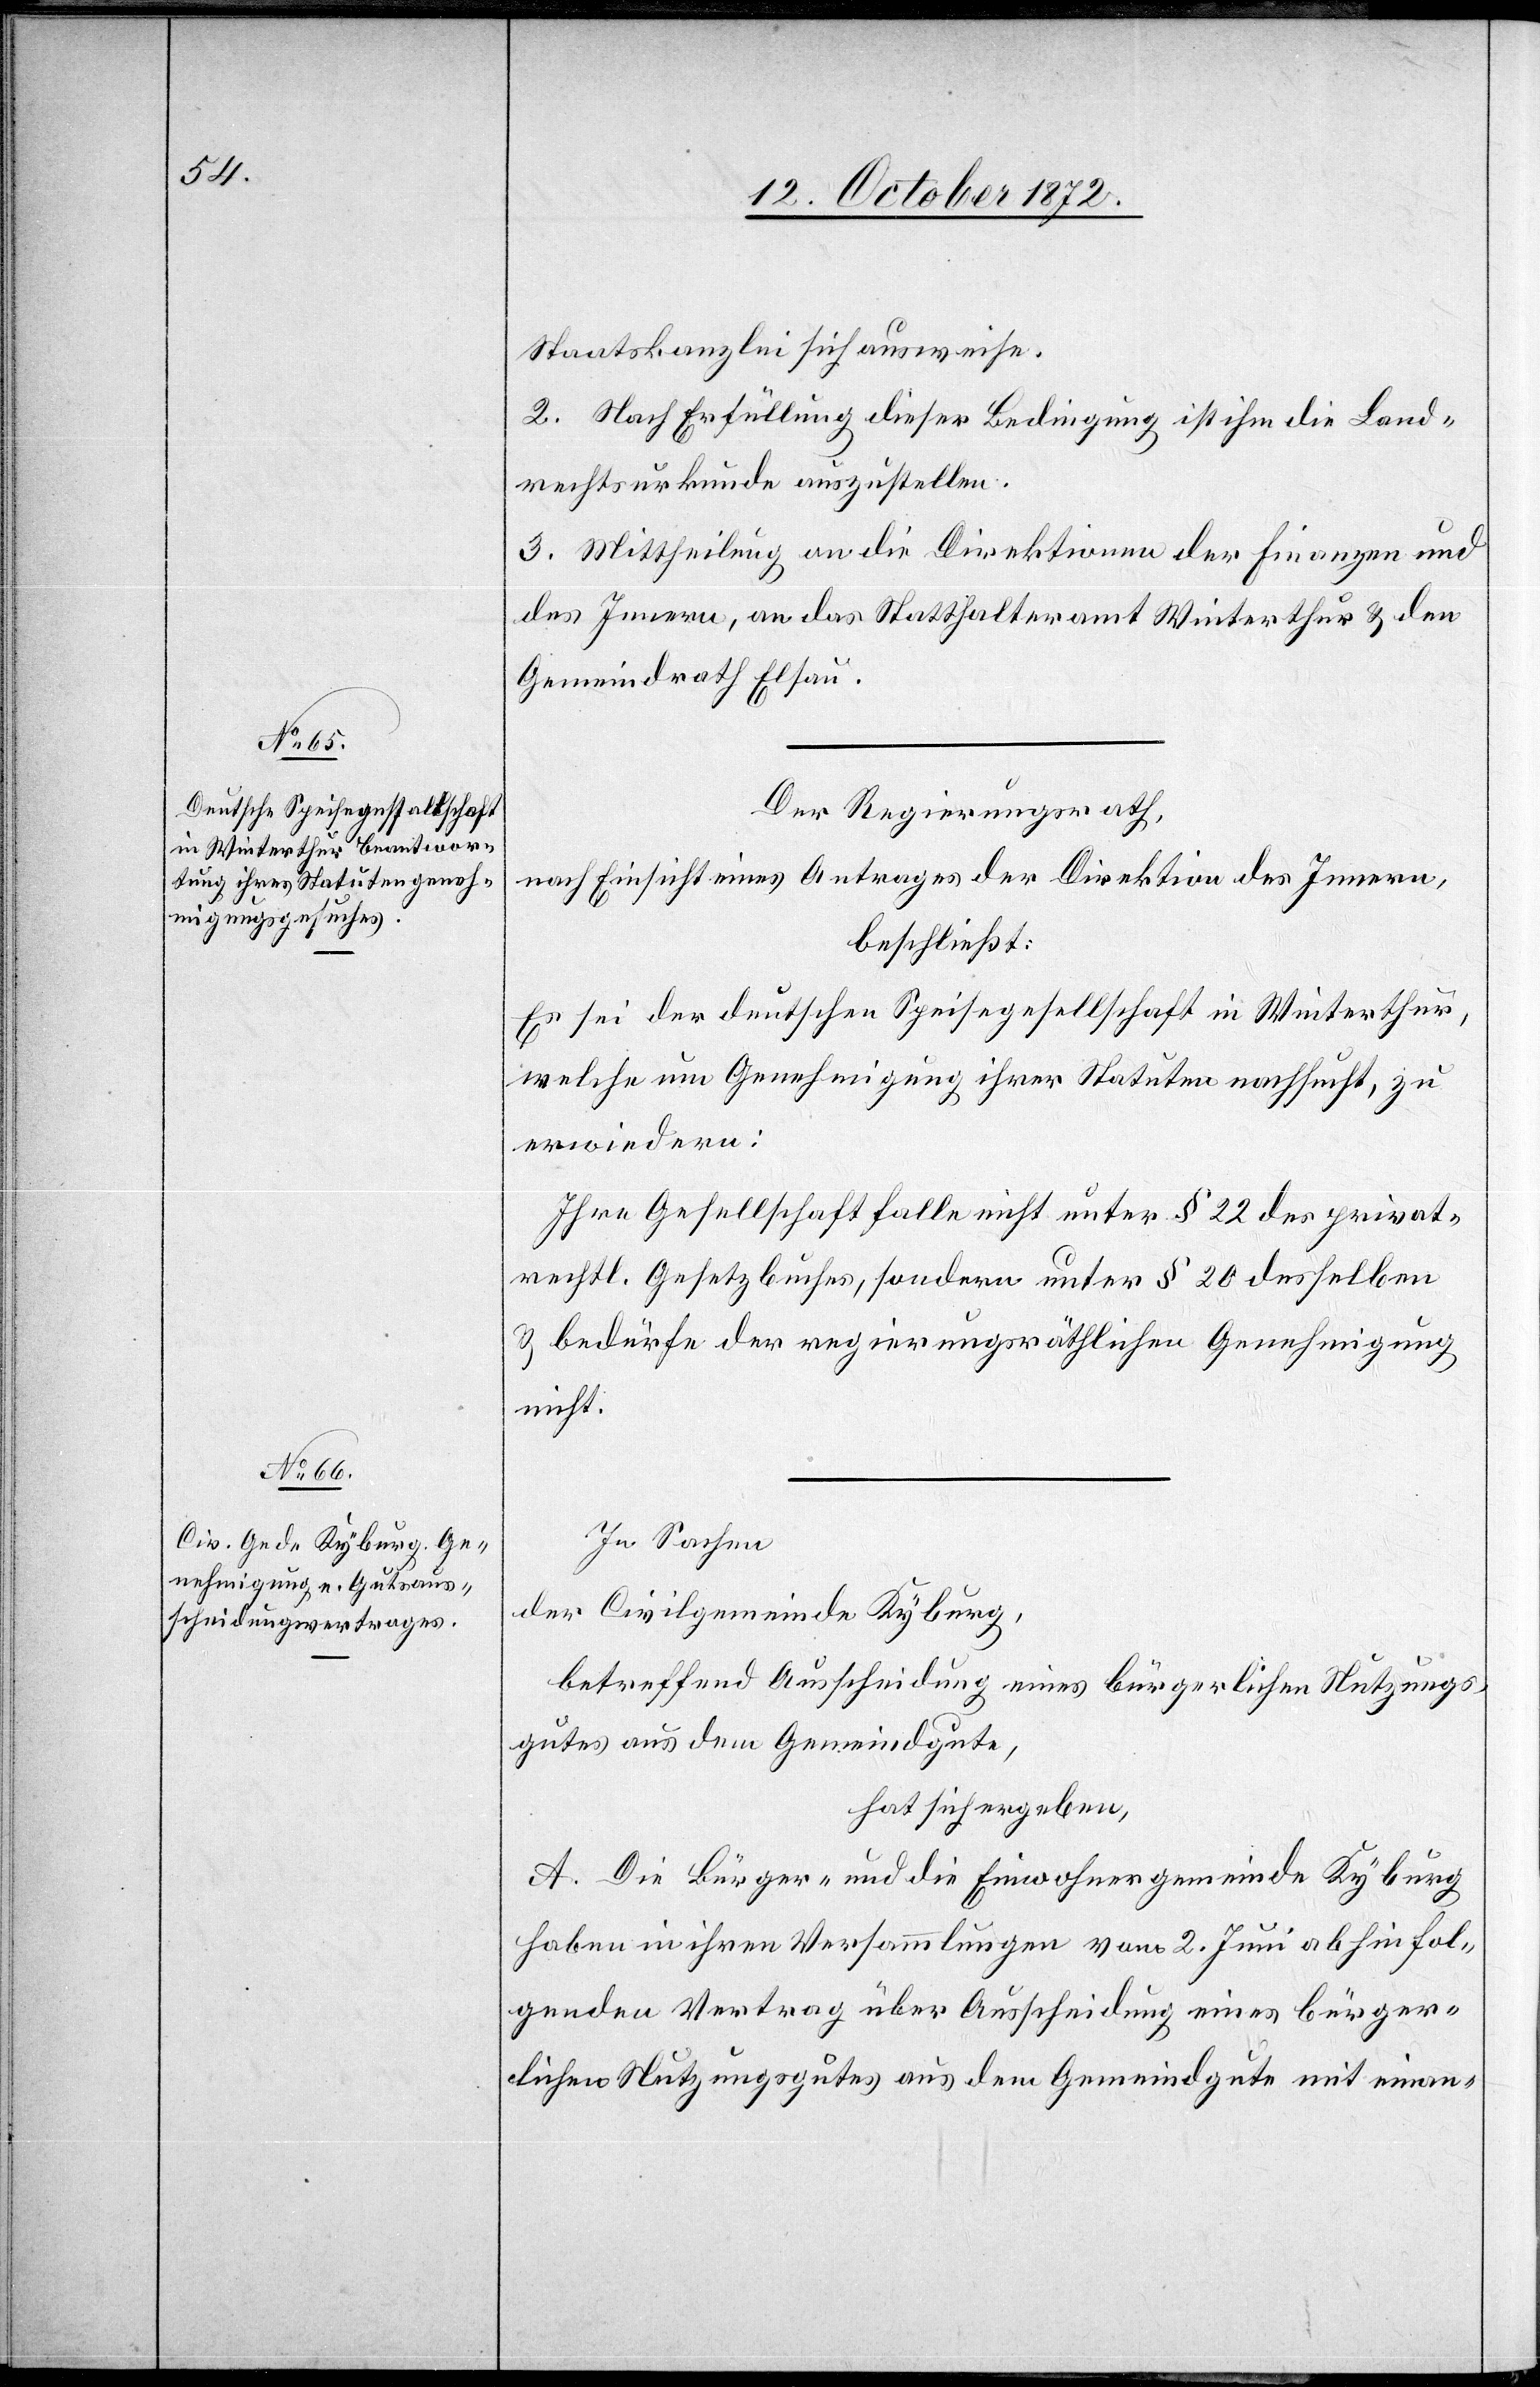
Staatskanzlei sich ausweise.
2. Nach Erfüllung dieser Bedingung ist ihm die Land¬
rechtsurkunde auszustellen.
3. Mittheilung an die Direktion der Finanzen und
des Innern, an das Statthalteramt Winterthur u. den
Gemeindrath Elsau.
Der Regierungsrath,
nach Einsicht eines Antrages der Direktion des Innern,
beschließt:
Es sei der deutschen Speisegesellschaft in Winterthur,
welche um Genehmigung ihrer Statuten nachsucht, zu
erwiedern:
Ihre Gesellschaft falle nicht unter § 22 des privat¬
rechtl. Gesetzbuches, sondern unter § 20 desselben
u. bedürfe der regierungsräthlichen Genehmigung
nicht.
In Sachen
der Civilgemeinde Kyburg,
betreffend Ausscheidung eines bürgerlichen Nutzungs¬
gutes aus dem Gemeindgute,
hat sich ergeben,
A. Die Bürger- und die Einwohnergemeinde Kyburg
haben in ihren Versammlungen vom 2. Juni abhinfol¬
genden Vertrag über Ausscheidung eines bürger¬
lichen Nutzungsgutes aus dem Gemeindgute mit einan-